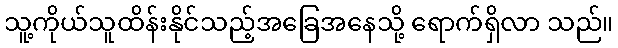
သူ့ကိုယ်သူထိန်းနိုင်သည့်အခြေအနေသို့ ရောက်ရှိလာ သည်။